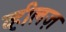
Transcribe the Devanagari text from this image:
व्हीलज़